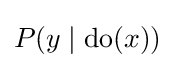
P(y\mid {\text{do}}(x))